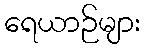
ရေယာဉ်များ